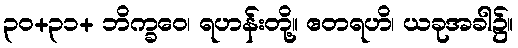
၃၀+၃၁+ ဘိက္ခဝေ၊ ရဟန်းတို့။ ဧတရဟိ၊ ယခုအခါ၌။